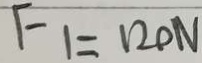
F _ { 1 } = 1 2 0 N